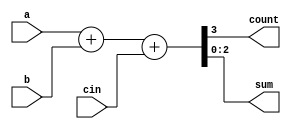
// [3.1.1]:
module  adder ( count,sum,a,b,cin );
input [2:0] a,b; 
input   cin; 
output  count; 
output [2:0] sum; 
assign {count,sum} = a + b + cin; 
endmodule 

// [3.1.2]
module compare ( equal,a,b );
output  equal;    //equal 
input [1:0] a,b;  //a,b 
  assign  equal = (a==b) ? 1 : 0;  
/*ab ,10*/
endmodule

// [3.1.3]
module  trist2(out,in,enable);
output  out;
input   in, enable;
  bufif1  mybuf(out,in,enable);
endmodule

// [3.1.4]
module trist1(out,in,enable);
output  out;
input  in, enable;
   mytri  tri_inst(out,in,enable);
    //mytritri_inst
endmodule

module  mytri(out,in,enable);
output  out;
input  in, enable;
   assign  out = enable? in : 'bz;
endmodule